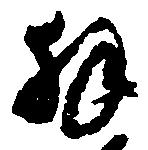
拝